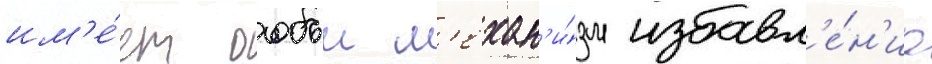
им'е́ет особыи м'ехан'и́зм избавл'е́н'иа